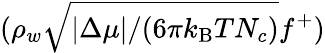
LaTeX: (\rho_{w}\sqrt{|\Delta\mu|/(6\pi k_{\mathrm{B}}TN_{c})}f^{+})